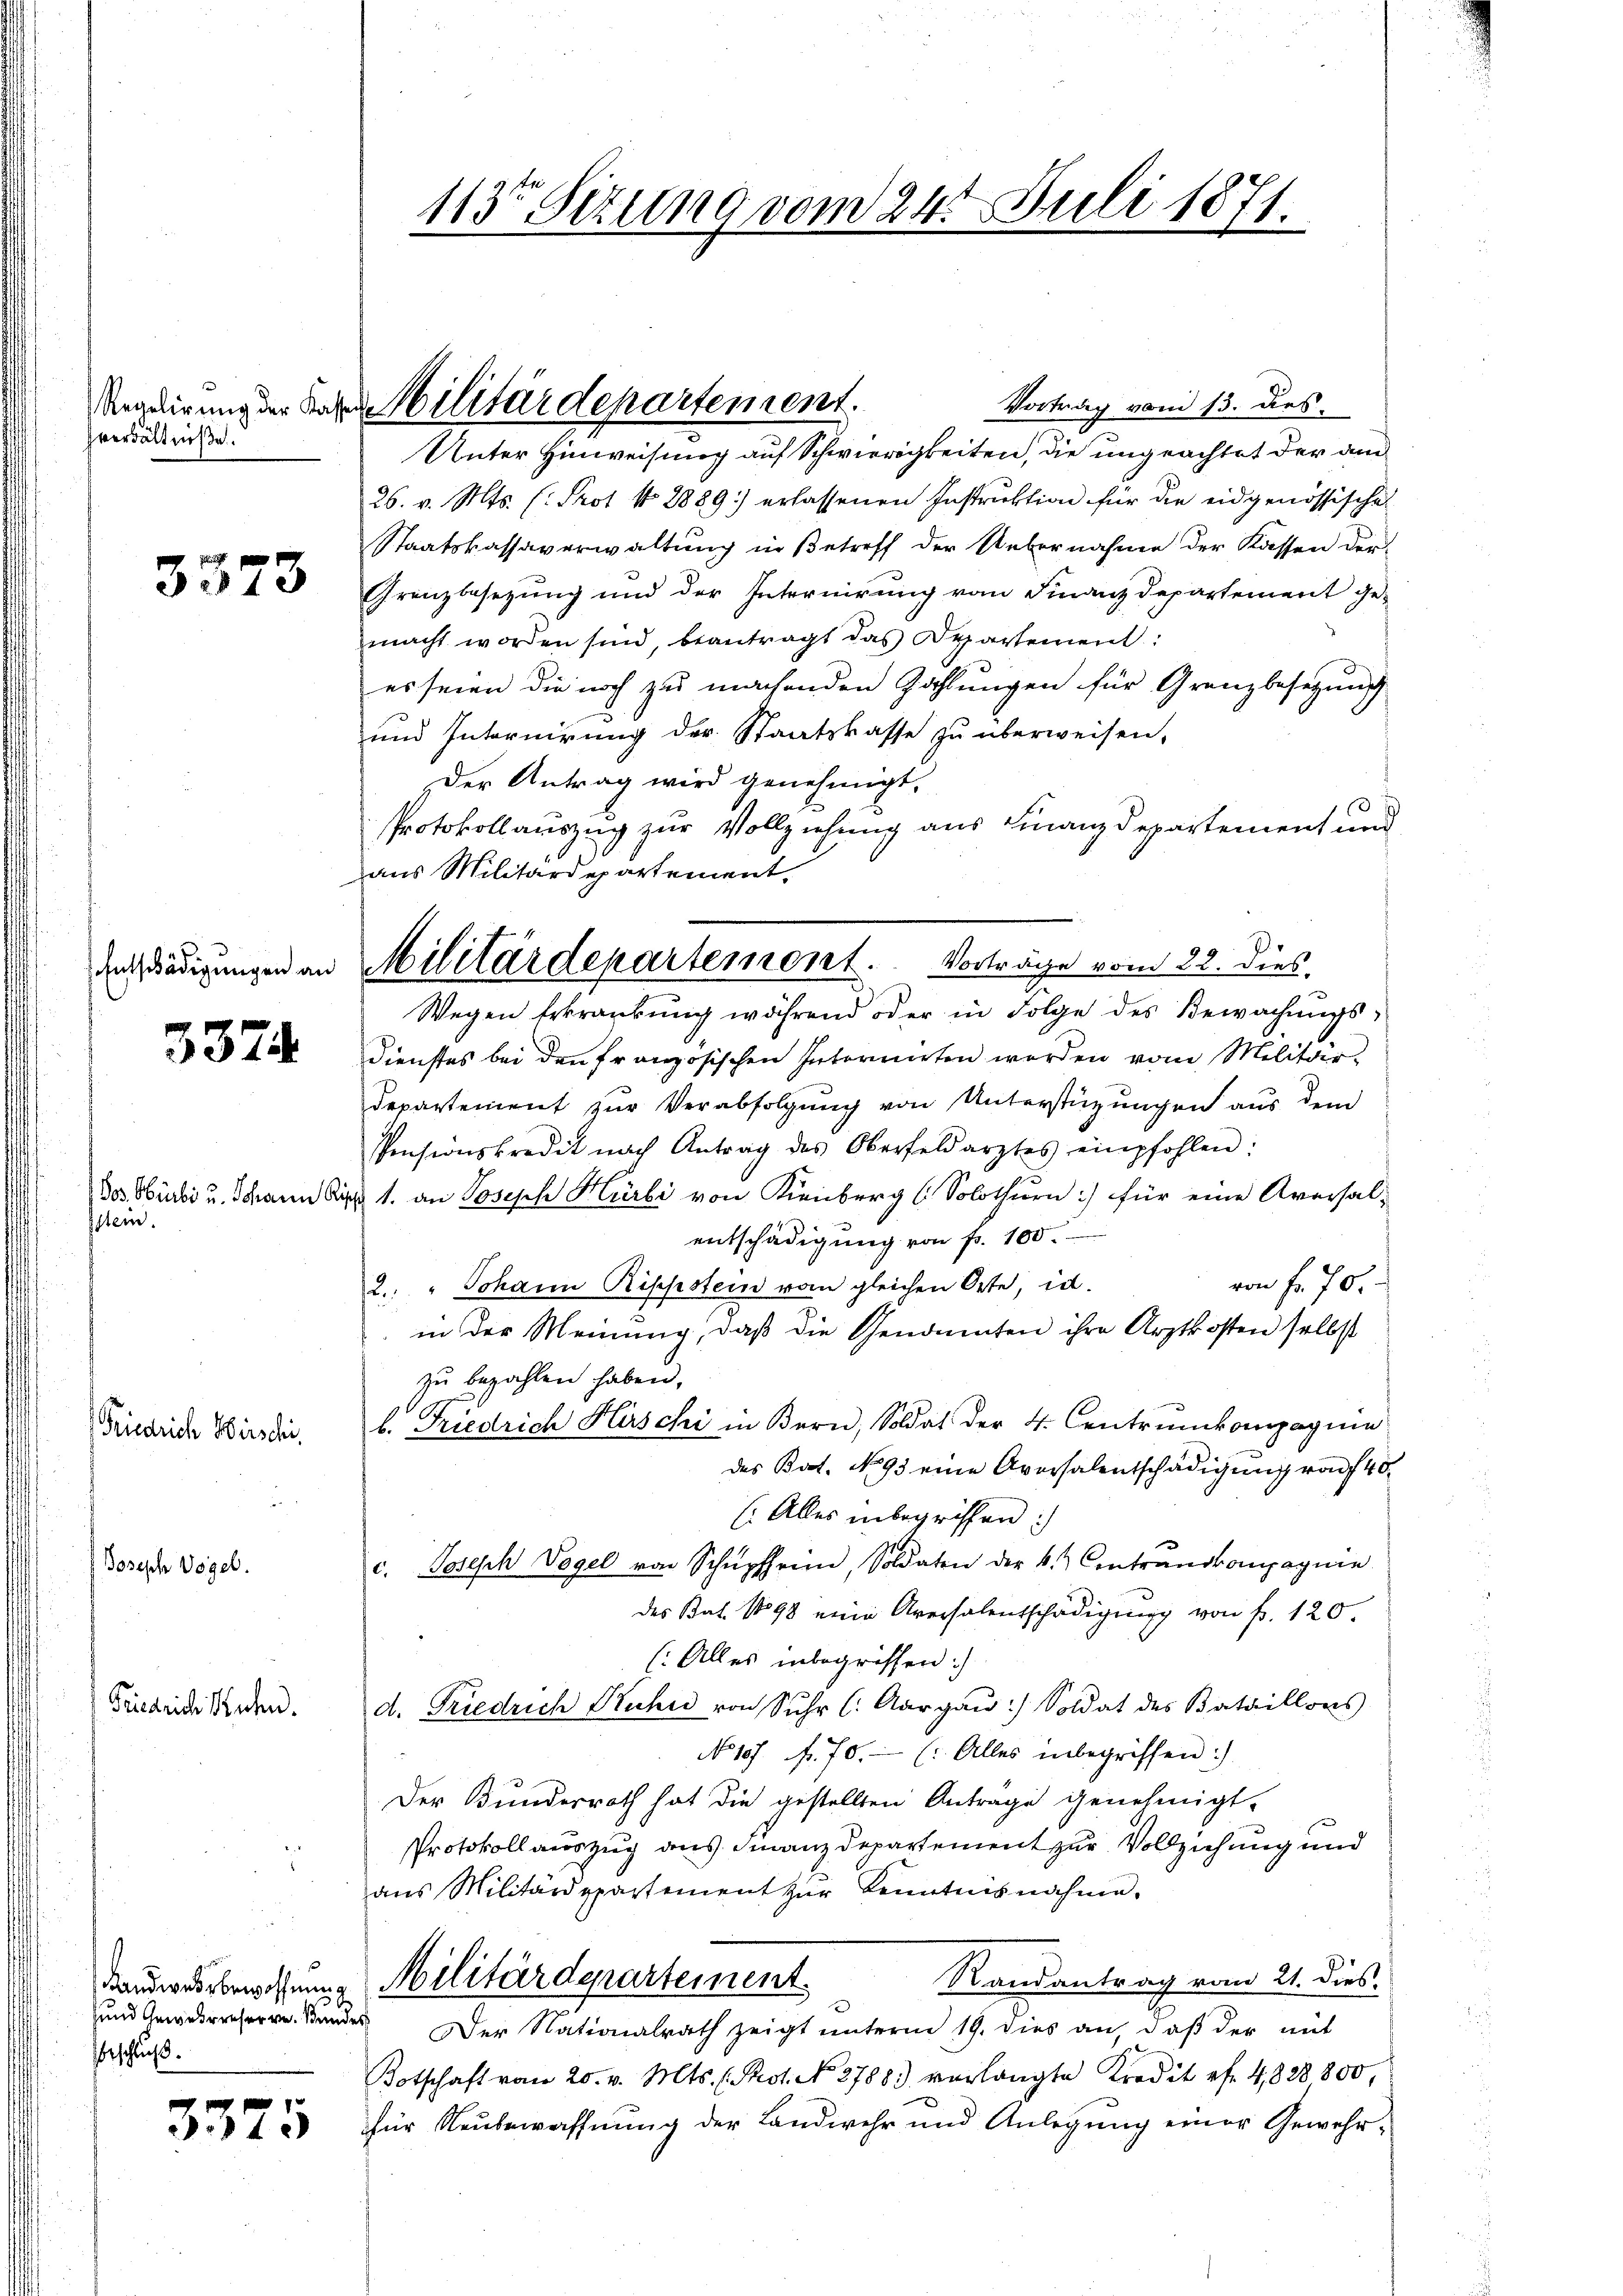
hverhältniße.

3373

3374

Dos. Hürli u. Schann Ri
stem.

Friedrich Hirschi,

Joseph Vögel.

Friedriche Rechen.

Handwestbewoffnung
Beschluß.

3375

113 Sizung vom 24. Juli 1871.

Regdirung der Fragen Militärdepartement.

Enädigungen an Militärdepartemont. Vorträge vom 22. dies

Vortrag vom 13. dies
Unter Hinweisung auf Schwierigkeiten, die ungeachtet der am
26. v. Mts. (: Prot No 8889 erlassenen Instruktion für die eidgenössische
Staatskassaverwaltung in Betreff der Uebernahme der Kassen der
Grenzbesezung und der Internirung von Finanzdepartement ge-
macht worden sind, beantragt das Departement:
es seien die noch zu machenden Zahlungen für Granzbesetzung
und Internirung der Staatskasse zu überweisen,
Der Antrag wird genehmigt.
Protokollauszug zur Vollziehung aus Finanzdepartement und
aus Militärdepartement.
Wegen Erkrankung während oder in Folge des Bewachungs¬
Dienstes bei den französischen Interniten werden vom Militär¬
Departement zur Verabfolgung von Unterstüzungen aus dem
Pensionskredit nach Antrag des Oberfeldarztes empfohlen:
u 1. an Joseph Hürli von Kienberg (Solothurn :/ für eine Aversal-
entschädigung von fr. 100.
von fr. 70.
2. " Johann Rippstein vom gleichen Orte, in
in der Meinung, daß die Genannten ihre Arztkosten selbst
zu bezahlen haben.
b. Friedrich Hirschi in Bern, Soldat der 4. Centrunkompagnie
des Bat. No 93 eine Aversalentschädigung von 40
(Alles inbegriffen:
c. Joseph Vogel von Schüpfheim, Soldaten der 4.) Contrandkompagnie
des Bat. 1898 eine Aversalentschädigung von f. 120.
(Alles inbegriffen:
d. Friedrich Kuhn von Sehr (: Aargaŭ) Soldat des Bataillons
No 107 f. 70. (: Alles inbegriffen:)
Der Bundesrath hat die gestellten Antrage genehmigt.
Protokoll auszug aus Finanzdepartement zur Vollziehung und
ans Militärdepartement zur Kenntnisnahme.
Randantrag vom 21. dies
Militärdepartement
und Gewereserve Standes Der Nationalrath zeigt unterm 19. dies an, daβ der mit
Kotschaft vom 20. v. Mts. (Pot. No. 2788) verlangte Kredit ef. 4828800,
für Neubewaffnung der Landwehr und Anlegung einer Gewehr¬